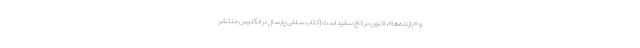
و «بازنده‌ها»، اکنون در کاخ سفید است (کتاب سلفی پارسال در انگلیس منتشر